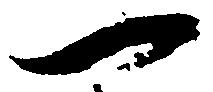
可